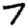
Digit: 7